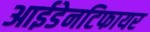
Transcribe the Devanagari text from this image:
आईडेनटिफायर